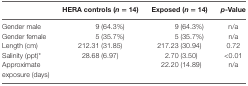
|  | HERA controls (n = 14) | Exposed (n = 14) | p-Value |
 | --- | --- | --- | --- |
 | Gender male | 9 (64.3%) | 9 (64.3%) | n/a |
 | Gender female | 5 (35.7%) | 5 (35.7%) | n/a |
 | Length (cm) | 212.31 (31.85) | 217.23 (30.94) | 0.72 |
 | Salinity (ppt)* | 28.68 (6.97) | 2.70 (3.50) | <0.01 |
 | Approximate exposure (days) |  | 22.20 (14.89) | n/a |